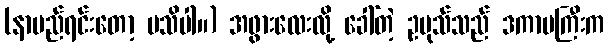
(နာမည်ရင်းတော့ မသိပါ။) အဖွားလေးလို့ ခေါ်တဲ့ ဥပုသ်သည် ဒကာမကြီးက